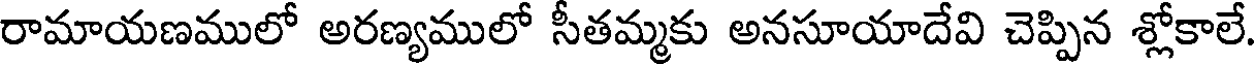
రామాయణములో అరణ్యములో సీతమ్మకు అనసూయాదేవి చెప్పిన శ్లోకాలే